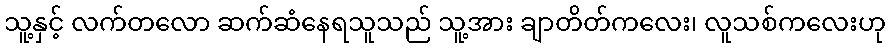
သူ့နှင့် လက်တလော ဆက်ဆံနေရသူသည် သူ့အား ချာတိတ်ကလေး၊ လူသစ်ကလေးဟု